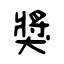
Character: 獎